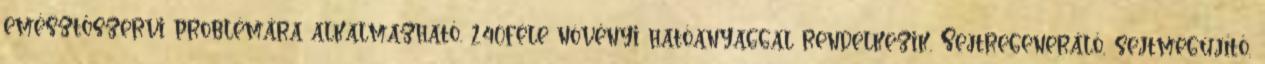
emésztőszervi problémára alkalmazható. 240féle növényi hatóanyaggal rendelkezik. Sejtregeneráló, sejtmegújító,